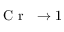
\mathrm { ~ \textit ~ { ~ C ~ r ~ } ~ } { } \to 1